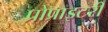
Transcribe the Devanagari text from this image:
प्रोप्राइटरी